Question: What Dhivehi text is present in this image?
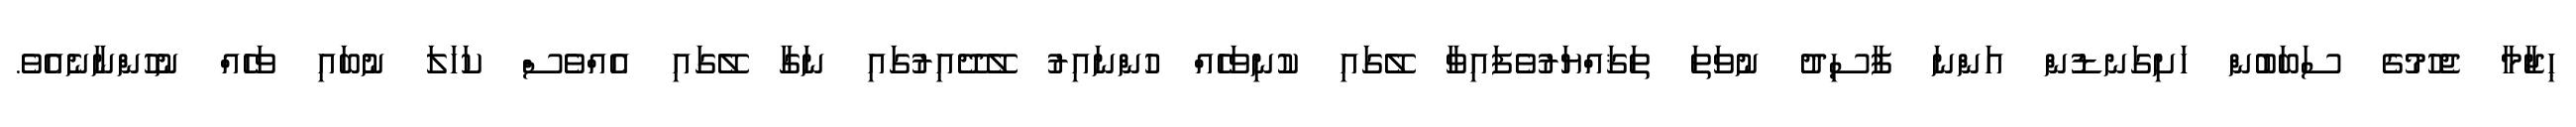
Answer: ޙިޖާމާ ޖެހުމުގެ ސަބަބުން ހަށިގަނޑުން އަންނަ ފާސިދު ނުވަތަ ތަޤައްޔަރުވެފައިވާ ލޭގައި ކުނިވަހެއް ހުންނައިރު ލޭދޭއިރުގައި ނަގާ ލޭގައި އެއްވެސް ކަހަލަ ނުބައި ވަހެއް ނުހުންނާނެއެވެ.